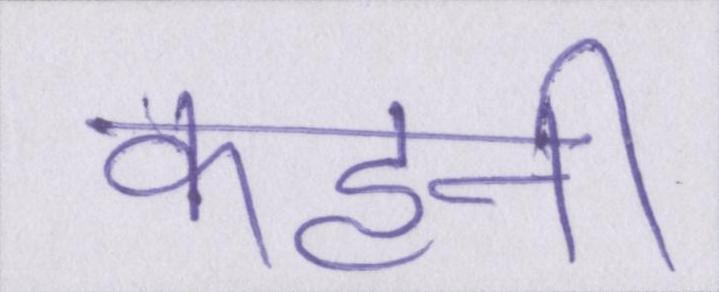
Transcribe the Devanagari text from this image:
कहनी